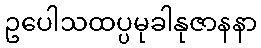
ဥပေါသထပ္ပမုခါနုဇာနနာ